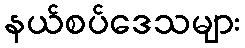
နယ်စပ်ဒေသများ